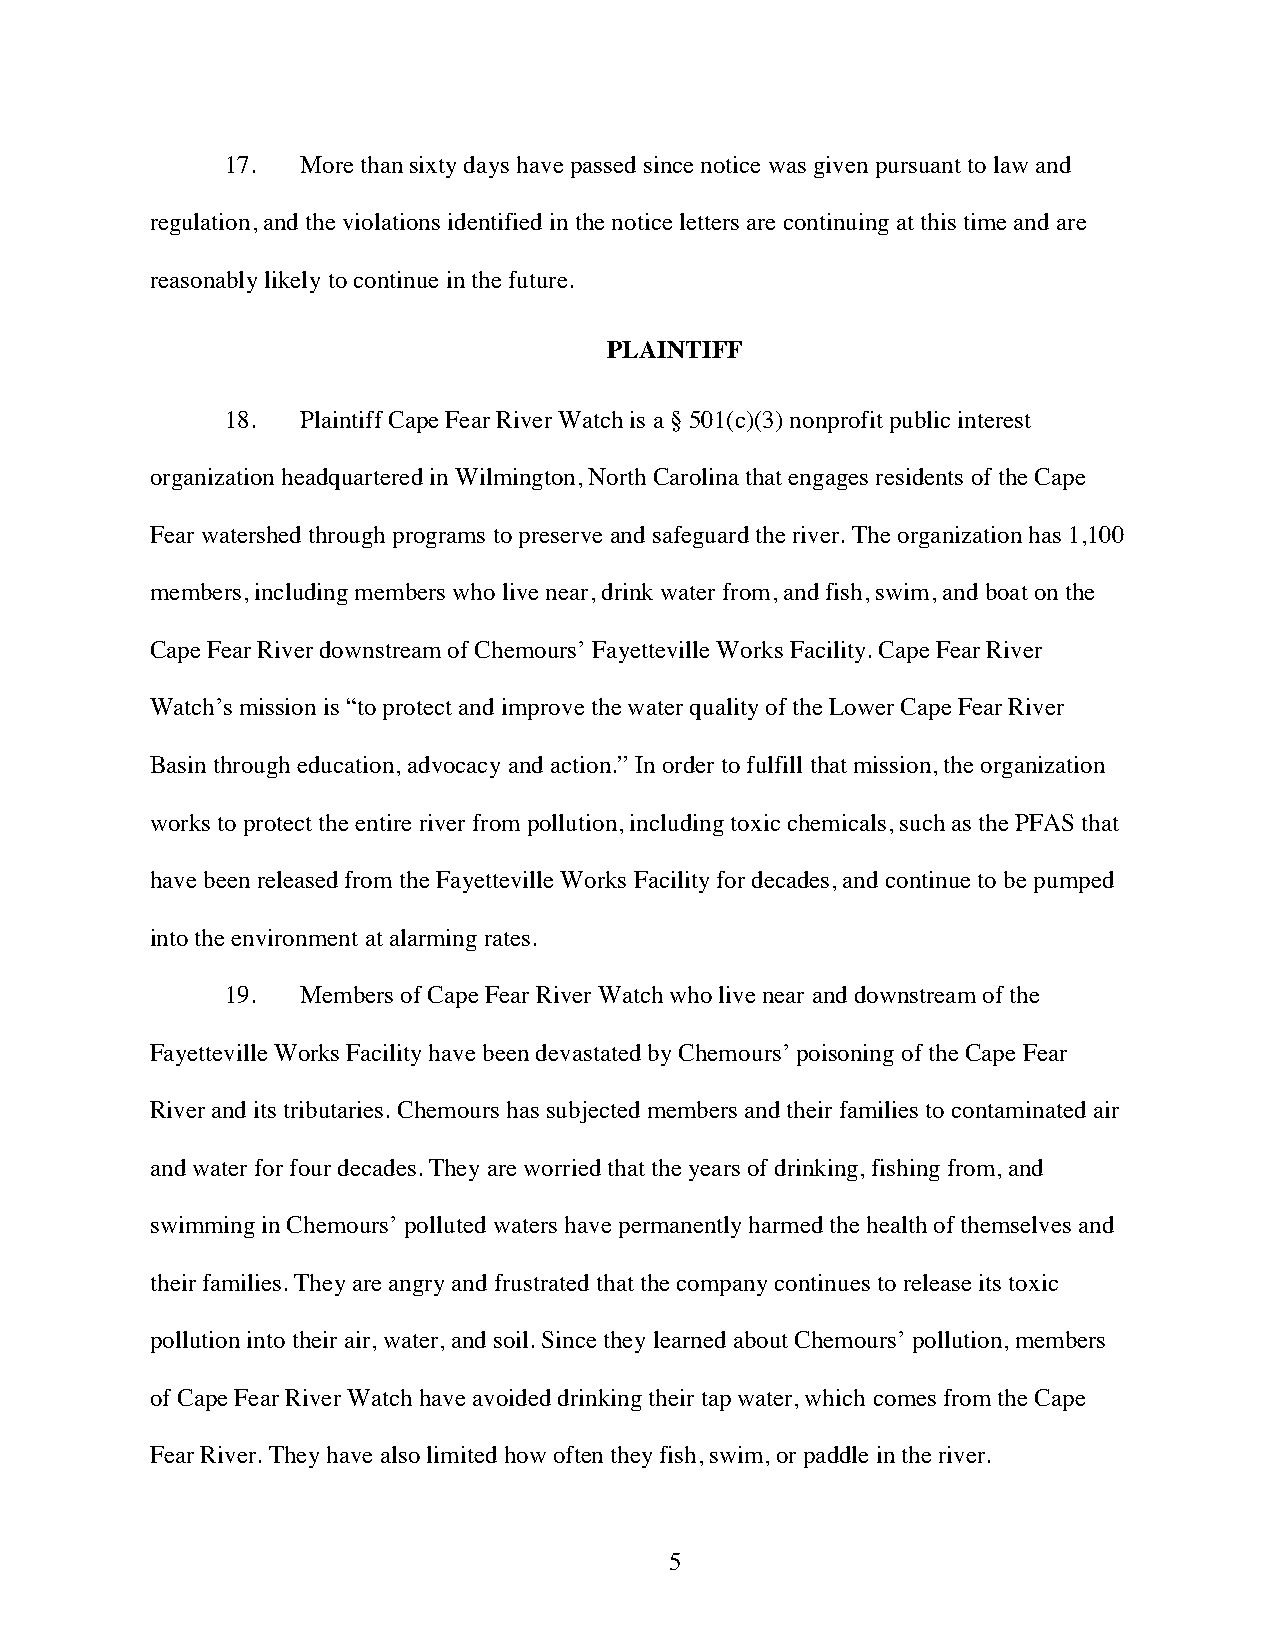
17.  More than sixty days have passed since notice was given pursuant to law and
 regulation, and the violations identified in the notice letters are continuing at this time and are
 reasonably likely to continue in the future.
 PLAINTIFF
 18.  Plaintiff Cape Fear River Watch is a § 501(c)(3) nonprofit public interest
 organization headquartered in Wilmington, North Carolina that engages residents of the Cape
 Fear watershed through programs to preserve and safeguard the river. The organization has 1,100
 members, including members who live near, drink water from, and fish, swim, and boat on the
 Cape Fear River downstream of Chemours’ Fayetteville Works Facility. Cape Fear River
 Watch’s mission is “to protect and improve the water quality of the Lower Cape Fear River
 Basin through education, advocacy and action.” In order to fulfill that mission, the organization
 works to protect the entire river from pollution, including toxic chemicals, such as the PFAS that
 have been released from the Fayetteville Works Facility for decades, and continue to be pumped
 into the environment at alarming rates.
 19.  Members of Cape Fear River Watch who live near and downstream of the
 Fayetteville Works Facility have been devastated by Chemours’ poisoning of the Cape Fear
 River and its tributaries. Chemours has subjected members and their families to contaminated air
 and water for four decades. They are worried that the years of drinking, fishing from, and
 swimming in Chemours’ polluted waters have permanently harmed the health of themselves and
 their families. They are angry and frustrated that the company continues to release its toxic
 pollution into their air, water, and soil. Since they learned about Chemours’ pollution, members
 of Cape Fear River Watch have avoided drinking their tap water, which comes from the Cape
 Fear River. They have also limited how often they fish, swim, or paddle in the river.
 5